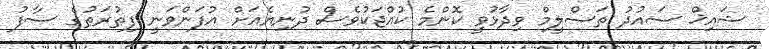
ޝައިޚް ސައުދު ތަސްލީމް ވިދާޅުވީ ކޮންމެ ކުއްޖަކުވެސް ދުނިޔެއަށް އުފަންވަނީ ފިޠުރަޠުގެ ސާފު